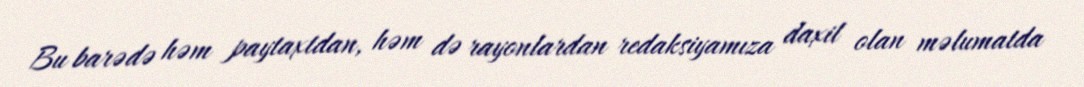
Bu barədə həm paytaxtdan, həm də rayonlardan redaksiyamıza daxil olan məlumatda